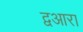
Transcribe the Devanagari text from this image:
द्वआरा